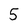
Character: 5